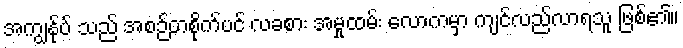
အကျွန်ုပ် သည် အစဉ်တစိုက်ပင် လခစား အမှုထမ်း လောကမှာ ကျင်လည်လာရသူ ဖြစ်၏။